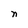
Character: n